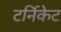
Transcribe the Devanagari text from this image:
टर्निकेट